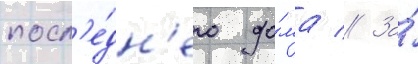
посл'е́дн'его до́ма // За́